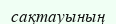
сақтауының